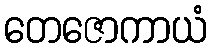
တေဇောကာယံ